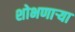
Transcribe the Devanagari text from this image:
शोभणाऱ्या